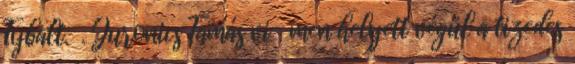
Tybalt. . Juronics Tamás vi- men helyett végül a tizedes